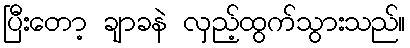
ပြီးတော့ ချာခနဲ လှည့်ထွက်သွားသည်။